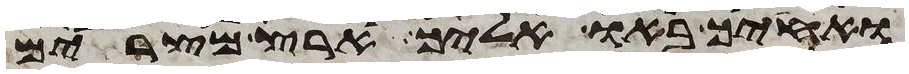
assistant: ואחיך באו אליך ארץ מצרים